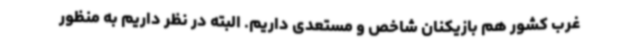
غرب کشور هم بازیکنان شاخص و مستعدی داریم. البته در نظر داریم به منظور